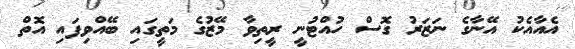
އެއާއެކު އޭނާގެ ނަޒަރު ގޮސް ހުއްޓުނީ ރީތިވާ މޭޒުގެ މަތީގައި ބޭއްވިފައި އޮތް